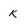
Character: k